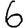
Digit: 6